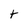
Character: t